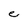
Character: e